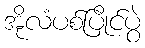
အိုလံပစ်ပြိုင်ပွဲ